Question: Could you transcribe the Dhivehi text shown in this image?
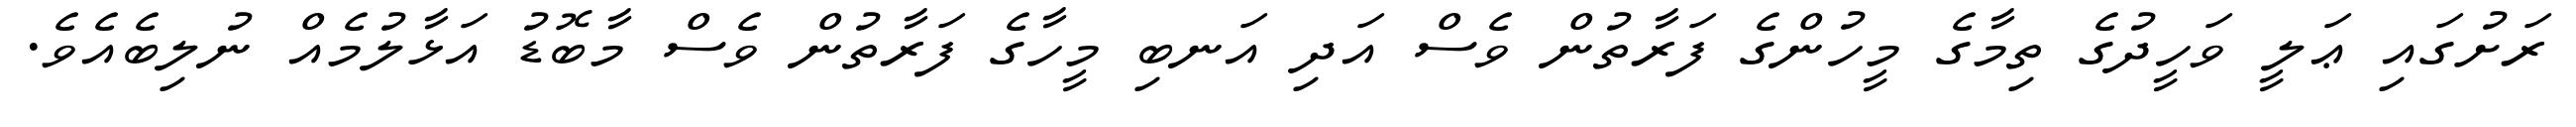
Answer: ރަށުގައި ޢަލީ ވަހީދުގެ ތިމާގެ މީހުންގެ ފަރާތުން ވެސް އަދި އަނބި މީހާގެ ފަރާތުން ވެސް މާބޮޑު އަޅާލުމެއް ނުލިބެއެވެ.